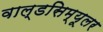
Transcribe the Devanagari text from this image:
वाल्डसिम्यूलर